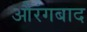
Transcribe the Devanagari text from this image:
औरंगबाद